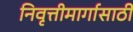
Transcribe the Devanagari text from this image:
निवृत्तीमार्गासाठी